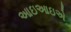
આઇઆઇએ